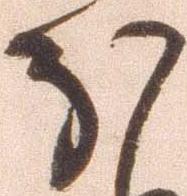
ほ